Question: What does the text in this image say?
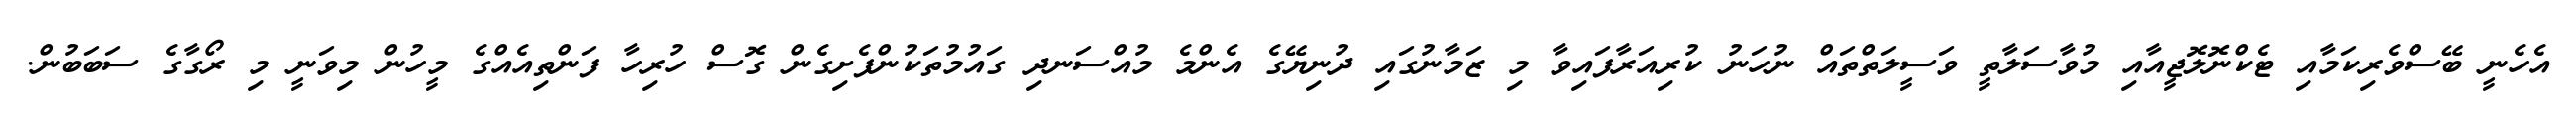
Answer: އެހެނީ ބޭސްވެރިކަމާއި ޓެކްނޮލޮޖީއާއި މުވާސަލާތީ ވަސީލަތްތައް ނުހަނު ކުރިއަރާފައިވާ މި ޒަމާނުގައި ދުނިޔޭގެ އެންމެ މުއްސަނދި ގައުމުތަކުންފެށިގެން ގޮސް ހުރިހާ ފަންތިއެއްގެ މީހުން މިވަނީ މި ރޯގާގެ ސަބަބުން.